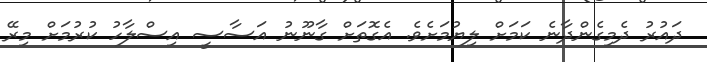
ދައުރު ދެމިގެންދާނެ ކަމަށް ލިޔުމަށެވެ. އެގޮތަށް ގާނޫނު އަސާސީ އިސްލާހު ކުރުމަށް މިރޭ